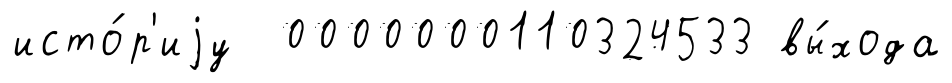
исто́р'иjу 0000000110324533 вы́хода